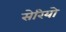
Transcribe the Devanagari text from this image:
सेरियो